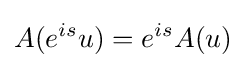
A(e^{is}u)=e^{is}A(u)